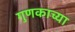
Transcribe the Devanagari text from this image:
गुणकाच्या